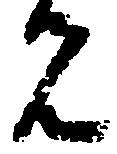
免